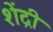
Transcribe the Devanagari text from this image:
शेंद्री